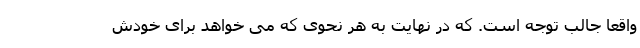
واقعا جالب توجه است. که در نهایت به هر نحوی که می خواهد برای خودش